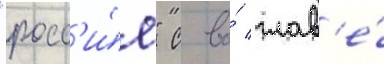
"росс'и́я" с во́ глав'е́